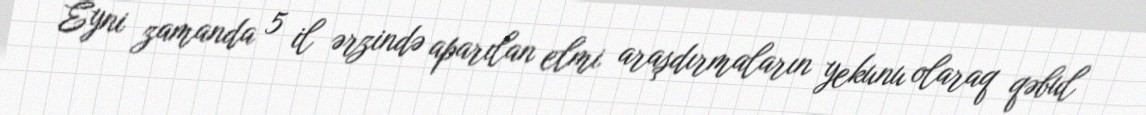
Eyni zamanda 5 il ərzində aparılan elmi araşdırmaların yekunu olaraq qəbul